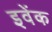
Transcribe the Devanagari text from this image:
इवेंक